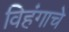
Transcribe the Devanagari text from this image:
विहंगाचे